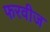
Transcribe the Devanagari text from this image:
फरवीज